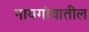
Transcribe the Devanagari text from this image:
नायगांवातील